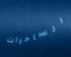
الساحرات